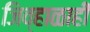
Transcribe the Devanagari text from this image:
जिव्हाळाही